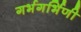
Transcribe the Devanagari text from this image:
गर्भगर्भिणी